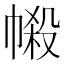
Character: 𢄌